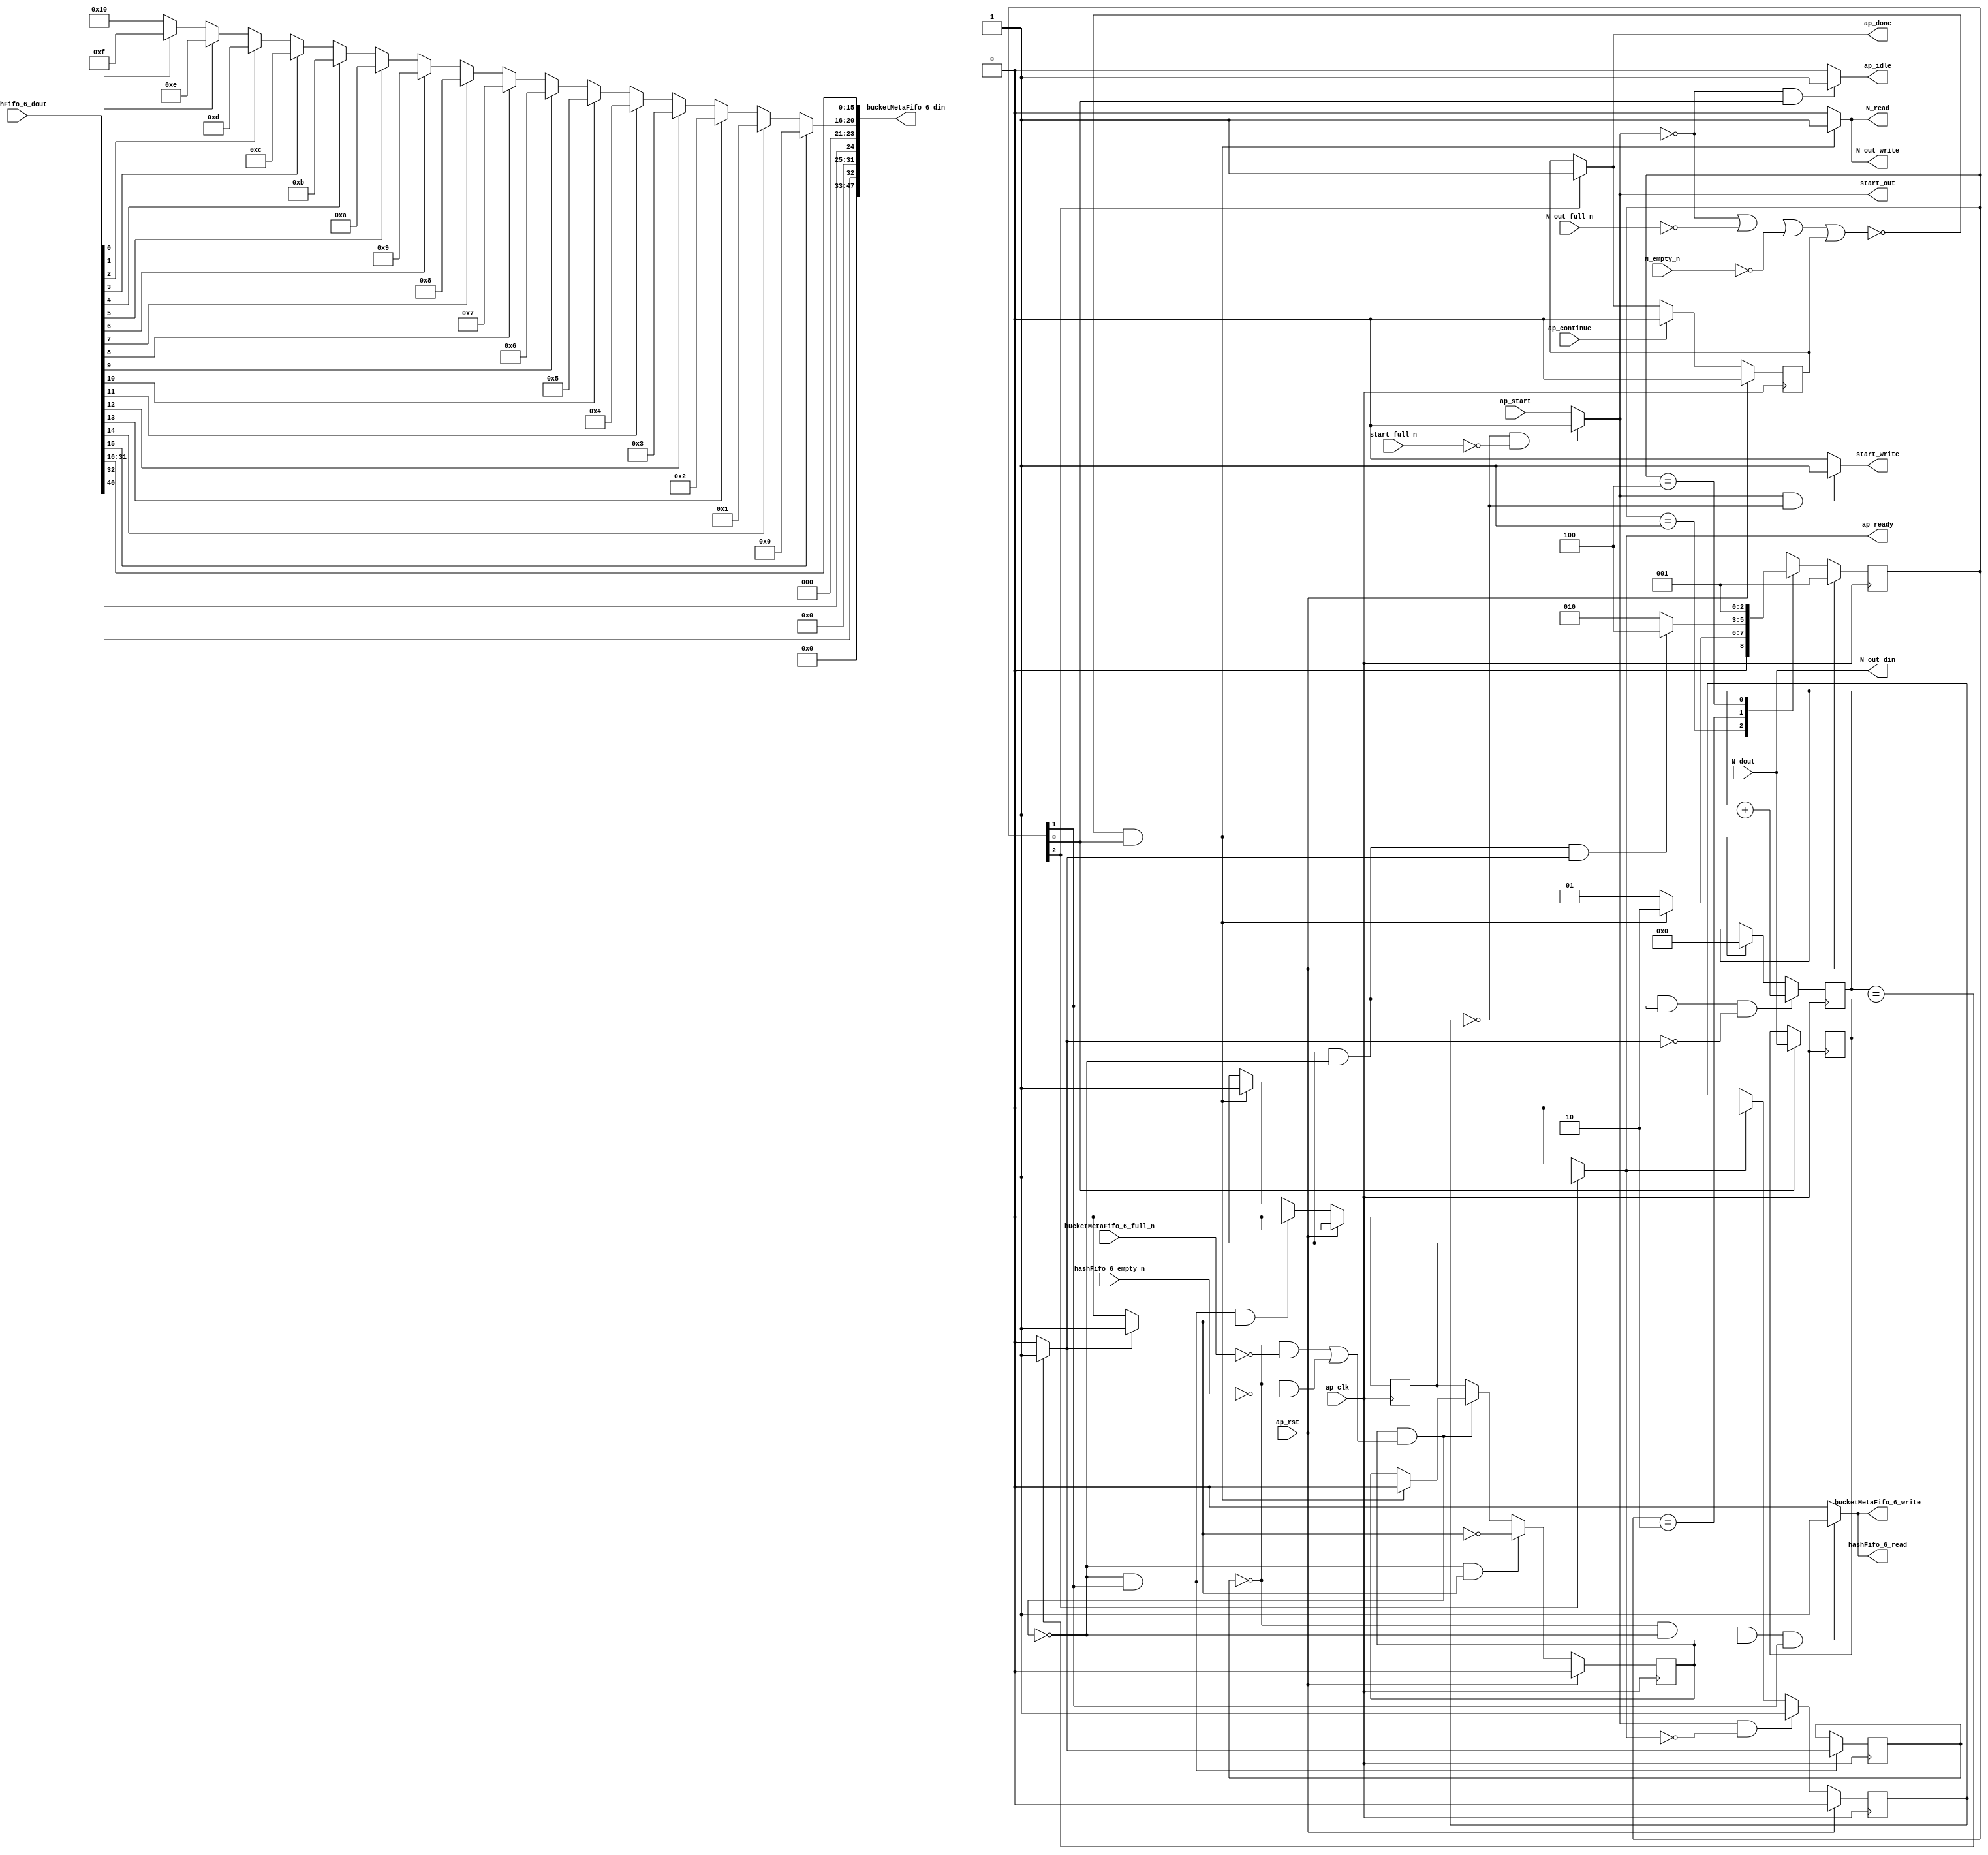
// ==============================================================
// RTL generated by Vitis HLS - High-Level Synthesis from C, C++ and OpenCL v2020.2 (64-bit)
// Version: 2020.2
// Copyright (C) Copyright 1986-2020 Xilinx, Inc. All Rights Reserved.
// 
// ===========================================================

`timescale 1 ns / 1 ps 

module hyperloglog_top_bz_detector_11_s (
        ap_clk,
        ap_rst,
        ap_start,
        start_full_n,
        ap_done,
        ap_continue,
        ap_idle,
        ap_ready,
        start_out,
        start_write,
        N_dout,
        N_empty_n,
        N_read,
        N_out_din,
        N_out_full_n,
        N_out_write,
        hashFifo_6_dout,
        hashFifo_6_empty_n,
        hashFifo_6_read,
        bucketMetaFifo_6_din,
        bucketMetaFifo_6_full_n,
        bucketMetaFifo_6_write
);

parameter    ap_ST_fsm_state1 = 3'd1;
parameter    ap_ST_fsm_pp0_stage0 = 3'd2;
parameter    ap_ST_fsm_state4 = 3'd4;

input   ap_clk;
input   ap_rst;
input   ap_start;
input   start_full_n;
output   ap_done;
input   ap_continue;
output   ap_idle;
output   ap_ready;
output   start_out;
output   start_write;
input  [63:0] N_dout;
input   N_empty_n;
output   N_read;
output  [63:0] N_out_din;
input   N_out_full_n;
output   N_out_write;
input  [63:0] hashFifo_6_dout;
input   hashFifo_6_empty_n;
output   hashFifo_6_read;
output  [47:0] bucketMetaFifo_6_din;
input   bucketMetaFifo_6_full_n;
output   bucketMetaFifo_6_write;

reg ap_done;
reg ap_idle;
reg start_write;
reg N_read;
reg N_out_write;
reg hashFifo_6_read;
reg bucketMetaFifo_6_write;

reg    real_start;
reg    start_once_reg;
reg    ap_done_reg;
(* fsm_encoding = "none" *) reg   [2:0] ap_CS_fsm;
wire    ap_CS_fsm_state1;
reg    internal_ap_ready;
reg    N_blk_n;
reg    N_out_blk_n;
reg    hashFifo_6_blk_n;
wire    ap_CS_fsm_pp0_stage0;
reg    ap_enable_reg_pp0_iter1;
wire    ap_block_pp0_stage0;
reg   [0:0] icmp_ln39_reg_208;
reg    bucketMetaFifo_6_blk_n;
reg   [63:0] i_reg_101;
reg   [63:0] N_read_reg_198;
wire   [63:0] i_47_fu_112_p2;
reg    ap_enable_reg_pp0_iter0;
wire    ap_block_state2_pp0_stage0_iter0;
reg    ap_block_state3_pp0_stage0_iter1;
reg    ap_block_pp0_stage0_11001;
wire   [0:0] icmp_ln39_fu_118_p2;
reg    ap_block_state1;
reg    ap_block_pp0_stage0_subdone;
reg    ap_condition_pp0_exit_iter0_state2;
reg    ap_block_pp0_stage0_01001;
reg   [15:0] p_Result_s_fu_141_p4;
wire   [31:0] p_Result_28_fu_151_p3;
reg   [31:0] op_assign_fu_159_p3;
wire   [0:0] tmp_fu_123_p3;
wire   [0:0] tmp_19_fu_171_p3;
wire   [4:0] trunc_ln174_fu_167_p1;
wire   [15:0] trunc_ln_fu_131_p4;
wire    ap_CS_fsm_state4;
reg   [2:0] ap_NS_fsm;
reg    ap_idle_pp0;
wire    ap_enable_pp0;
wire    ap_ce_reg;

// power-on initialization
initial begin
#0 start_once_reg = 1'b0;
#0 ap_done_reg = 1'b0;
#0 ap_CS_fsm = 3'd1;
#0 ap_enable_reg_pp0_iter1 = 1'b0;
#0 ap_enable_reg_pp0_iter0 = 1'b0;
end

always @ (posedge ap_clk) begin
    if (ap_rst == 1'b1) begin
        ap_CS_fsm <= ap_ST_fsm_state1;
    end else begin
        ap_CS_fsm <= ap_NS_fsm;
    end
end

always @ (posedge ap_clk) begin
    if (ap_rst == 1'b1) begin
        ap_done_reg <= 1'b0;
    end else begin
        if ((ap_continue == 1'b1)) begin
            ap_done_reg <= 1'b0;
        end else if ((1'b1 == ap_CS_fsm_state4)) begin
            ap_done_reg <= 1'b1;
        end
    end
end

always @ (posedge ap_clk) begin
    if (ap_rst == 1'b1) begin
        ap_enable_reg_pp0_iter0 <= 1'b0;
    end else begin
        if (((1'b0 == ap_block_pp0_stage0_subdone) & (1'b1 == ap_CS_fsm_pp0_stage0) & (1'b1 == ap_condition_pp0_exit_iter0_state2))) begin
            ap_enable_reg_pp0_iter0 <= 1'b0;
        end else if ((~((real_start == 1'b0) | (1'b0 == N_out_full_n) | (1'b0 == N_empty_n) | (ap_done_reg == 1'b1)) & (1'b1 == ap_CS_fsm_state1))) begin
            ap_enable_reg_pp0_iter0 <= 1'b1;
        end
    end
end

always @ (posedge ap_clk) begin
    if (ap_rst == 1'b1) begin
        ap_enable_reg_pp0_iter1 <= 1'b0;
    end else begin
        if (((1'b0 == ap_block_pp0_stage0_subdone) & (1'b1 == ap_condition_pp0_exit_iter0_state2))) begin
            ap_enable_reg_pp0_iter1 <= (1'b1 ^ ap_condition_pp0_exit_iter0_state2);
        end else if ((1'b0 == ap_block_pp0_stage0_subdone)) begin
            ap_enable_reg_pp0_iter1 <= ap_enable_reg_pp0_iter0;
        end else if ((~((real_start == 1'b0) | (1'b0 == N_out_full_n) | (1'b0 == N_empty_n) | (ap_done_reg == 1'b1)) & (1'b1 == ap_CS_fsm_state1))) begin
            ap_enable_reg_pp0_iter1 <= 1'b0;
        end
    end
end

always @ (posedge ap_clk) begin
    if (ap_rst == 1'b1) begin
        start_once_reg <= 1'b0;
    end else begin
        if (((real_start == 1'b1) & (internal_ap_ready == 1'b0))) begin
            start_once_reg <= 1'b1;
        end else if ((internal_ap_ready == 1'b1)) begin
            start_once_reg <= 1'b0;
        end
    end
end

always @ (posedge ap_clk) begin
    if (((ap_enable_reg_pp0_iter0 == 1'b1) & (1'b0 == ap_block_pp0_stage0_11001) & (1'b1 == ap_CS_fsm_pp0_stage0) & (icmp_ln39_fu_118_p2 == 1'd0))) begin
        i_reg_101 <= i_47_fu_112_p2;
    end else if ((~((real_start == 1'b0) | (1'b0 == N_out_full_n) | (1'b0 == N_empty_n) | (ap_done_reg == 1'b1)) & (1'b1 == ap_CS_fsm_state1))) begin
        i_reg_101 <= 64'd0;
    end
end

always @ (posedge ap_clk) begin
    if ((1'b1 == ap_CS_fsm_state1)) begin
        N_read_reg_198 <= N_dout;
    end
end

always @ (posedge ap_clk) begin
    if (((1'b0 == ap_block_pp0_stage0_11001) & (1'b1 == ap_CS_fsm_pp0_stage0))) begin
        icmp_ln39_reg_208 <= icmp_ln39_fu_118_p2;
    end
end

always @ (*) begin
    if ((~((real_start == 1'b0) | (ap_done_reg == 1'b1)) & (1'b1 == ap_CS_fsm_state1))) begin
        N_blk_n = N_empty_n;
    end else begin
        N_blk_n = 1'b1;
    end
end

always @ (*) begin
    if ((~((real_start == 1'b0) | (ap_done_reg == 1'b1)) & (1'b1 == ap_CS_fsm_state1))) begin
        N_out_blk_n = N_out_full_n;
    end else begin
        N_out_blk_n = 1'b1;
    end
end

always @ (*) begin
    if ((~((real_start == 1'b0) | (1'b0 == N_out_full_n) | (1'b0 == N_empty_n) | (ap_done_reg == 1'b1)) & (1'b1 == ap_CS_fsm_state1))) begin
        N_out_write = 1'b1;
    end else begin
        N_out_write = 1'b0;
    end
end

always @ (*) begin
    if ((~((real_start == 1'b0) | (1'b0 == N_out_full_n) | (1'b0 == N_empty_n) | (ap_done_reg == 1'b1)) & (1'b1 == ap_CS_fsm_state1))) begin
        N_read = 1'b1;
    end else begin
        N_read = 1'b0;
    end
end

always @ (*) begin
    if ((icmp_ln39_fu_118_p2 == 1'd1)) begin
        ap_condition_pp0_exit_iter0_state2 = 1'b1;
    end else begin
        ap_condition_pp0_exit_iter0_state2 = 1'b0;
    end
end

always @ (*) begin
    if ((1'b1 == ap_CS_fsm_state4)) begin
        ap_done = 1'b1;
    end else begin
        ap_done = ap_done_reg;
    end
end

always @ (*) begin
    if (((real_start == 1'b0) & (1'b1 == ap_CS_fsm_state1))) begin
        ap_idle = 1'b1;
    end else begin
        ap_idle = 1'b0;
    end
end

always @ (*) begin
    if (((ap_enable_reg_pp0_iter0 == 1'b0) & (ap_enable_reg_pp0_iter1 == 1'b0))) begin
        ap_idle_pp0 = 1'b1;
    end else begin
        ap_idle_pp0 = 1'b0;
    end
end

always @ (*) begin
    if (((icmp_ln39_reg_208 == 1'd0) & (1'b0 == ap_block_pp0_stage0) & (ap_enable_reg_pp0_iter1 == 1'b1) & (1'b1 == ap_CS_fsm_pp0_stage0))) begin
        bucketMetaFifo_6_blk_n = bucketMetaFifo_6_full_n;
    end else begin
        bucketMetaFifo_6_blk_n = 1'b1;
    end
end

always @ (*) begin
    if (((icmp_ln39_reg_208 == 1'd0) & (1'b0 == ap_block_pp0_stage0_11001) & (ap_enable_reg_pp0_iter1 == 1'b1) & (1'b1 == ap_CS_fsm_pp0_stage0))) begin
        bucketMetaFifo_6_write = 1'b1;
    end else begin
        bucketMetaFifo_6_write = 1'b0;
    end
end

always @ (*) begin
    if (((icmp_ln39_reg_208 == 1'd0) & (1'b0 == ap_block_pp0_stage0) & (ap_enable_reg_pp0_iter1 == 1'b1) & (1'b1 == ap_CS_fsm_pp0_stage0))) begin
        hashFifo_6_blk_n = hashFifo_6_empty_n;
    end else begin
        hashFifo_6_blk_n = 1'b1;
    end
end

always @ (*) begin
    if (((icmp_ln39_reg_208 == 1'd0) & (1'b0 == ap_block_pp0_stage0_11001) & (ap_enable_reg_pp0_iter1 == 1'b1) & (1'b1 == ap_CS_fsm_pp0_stage0))) begin
        hashFifo_6_read = 1'b1;
    end else begin
        hashFifo_6_read = 1'b0;
    end
end

always @ (*) begin
    if ((1'b1 == ap_CS_fsm_state4)) begin
        internal_ap_ready = 1'b1;
    end else begin
        internal_ap_ready = 1'b0;
    end
end

always @ (*) begin
    if (((start_once_reg == 1'b0) & (start_full_n == 1'b0))) begin
        real_start = 1'b0;
    end else begin
        real_start = ap_start;
    end
end

always @ (*) begin
    if (((real_start == 1'b1) & (start_once_reg == 1'b0))) begin
        start_write = 1'b1;
    end else begin
        start_write = 1'b0;
    end
end

always @ (*) begin
    case (ap_CS_fsm)
        ap_ST_fsm_state1 : begin
            if ((~((real_start == 1'b0) | (1'b0 == N_out_full_n) | (1'b0 == N_empty_n) | (ap_done_reg == 1'b1)) & (1'b1 == ap_CS_fsm_state1))) begin
                ap_NS_fsm = ap_ST_fsm_pp0_stage0;
            end else begin
                ap_NS_fsm = ap_ST_fsm_state1;
            end
        end
        ap_ST_fsm_pp0_stage0 : begin
            if (~((ap_enable_reg_pp0_iter0 == 1'b1) & (1'b0 == ap_block_pp0_stage0_subdone) & (icmp_ln39_fu_118_p2 == 1'd1))) begin
                ap_NS_fsm = ap_ST_fsm_pp0_stage0;
            end else if (((ap_enable_reg_pp0_iter0 == 1'b1) & (1'b0 == ap_block_pp0_stage0_subdone) & (icmp_ln39_fu_118_p2 == 1'd1))) begin
                ap_NS_fsm = ap_ST_fsm_state4;
            end else begin
                ap_NS_fsm = ap_ST_fsm_pp0_stage0;
            end
        end
        ap_ST_fsm_state4 : begin
            ap_NS_fsm = ap_ST_fsm_state1;
        end
        default : begin
            ap_NS_fsm = 'bx;
        end
    endcase
end

assign N_out_din = N_dout;

assign ap_CS_fsm_pp0_stage0 = ap_CS_fsm[32'd1];

assign ap_CS_fsm_state1 = ap_CS_fsm[32'd0];

assign ap_CS_fsm_state4 = ap_CS_fsm[32'd2];

assign ap_block_pp0_stage0 = ~(1'b1 == 1'b1);

always @ (*) begin
    ap_block_pp0_stage0_01001 = ((ap_enable_reg_pp0_iter1 == 1'b1) & (((icmp_ln39_reg_208 == 1'd0) & (bucketMetaFifo_6_full_n == 1'b0)) | ((icmp_ln39_reg_208 == 1'd0) & (hashFifo_6_empty_n == 1'b0))));
end

always @ (*) begin
    ap_block_pp0_stage0_11001 = ((ap_enable_reg_pp0_iter1 == 1'b1) & (((icmp_ln39_reg_208 == 1'd0) & (bucketMetaFifo_6_full_n == 1'b0)) | ((icmp_ln39_reg_208 == 1'd0) & (hashFifo_6_empty_n == 1'b0))));
end

always @ (*) begin
    ap_block_pp0_stage0_subdone = ((ap_enable_reg_pp0_iter1 == 1'b1) & (((icmp_ln39_reg_208 == 1'd0) & (bucketMetaFifo_6_full_n == 1'b0)) | ((icmp_ln39_reg_208 == 1'd0) & (hashFifo_6_empty_n == 1'b0))));
end

always @ (*) begin
    ap_block_state1 = ((real_start == 1'b0) | (1'b0 == N_out_full_n) | (1'b0 == N_empty_n) | (ap_done_reg == 1'b1));
end

assign ap_block_state2_pp0_stage0_iter0 = ~(1'b1 == 1'b1);

always @ (*) begin
    ap_block_state3_pp0_stage0_iter1 = (((icmp_ln39_reg_208 == 1'd0) & (bucketMetaFifo_6_full_n == 1'b0)) | ((icmp_ln39_reg_208 == 1'd0) & (hashFifo_6_empty_n == 1'b0)));
end

assign ap_enable_pp0 = (ap_idle_pp0 ^ 1'b1);

assign ap_ready = internal_ap_ready;

assign bucketMetaFifo_6_din = {{{{{{{{{{{{15'd0}, {tmp_fu_123_p3}}}, {7'd0}}}, {tmp_19_fu_171_p3}}}, {3'd0}}}, {trunc_ln174_fu_167_p1}}}, {trunc_ln_fu_131_p4}};

assign i_47_fu_112_p2 = (i_reg_101 + 64'd1);

assign icmp_ln39_fu_118_p2 = ((i_reg_101 == N_read_reg_198) ? 1'b1 : 1'b0);


always @ (p_Result_28_fu_151_p3) begin
    if (p_Result_28_fu_151_p3[0] == 1'b1) begin
        op_assign_fu_159_p3 = 32'd0;
    end else if (p_Result_28_fu_151_p3[1] == 1'b1) begin
        op_assign_fu_159_p3 = 32'd1;
    end else if (p_Result_28_fu_151_p3[2] == 1'b1) begin
        op_assign_fu_159_p3 = 32'd2;
    end else if (p_Result_28_fu_151_p3[3] == 1'b1) begin
        op_assign_fu_159_p3 = 32'd3;
    end else if (p_Result_28_fu_151_p3[4] == 1'b1) begin
        op_assign_fu_159_p3 = 32'd4;
    end else if (p_Result_28_fu_151_p3[5] == 1'b1) begin
        op_assign_fu_159_p3 = 32'd5;
    end else if (p_Result_28_fu_151_p3[6] == 1'b1) begin
        op_assign_fu_159_p3 = 32'd6;
    end else if (p_Result_28_fu_151_p3[7] == 1'b1) begin
        op_assign_fu_159_p3 = 32'd7;
    end else if (p_Result_28_fu_151_p3[8] == 1'b1) begin
        op_assign_fu_159_p3 = 32'd8;
    end else if (p_Result_28_fu_151_p3[9] == 1'b1) begin
        op_assign_fu_159_p3 = 32'd9;
    end else if (p_Result_28_fu_151_p3[10] == 1'b1) begin
        op_assign_fu_159_p3 = 32'd10;
    end else if (p_Result_28_fu_151_p3[11] == 1'b1) begin
        op_assign_fu_159_p3 = 32'd11;
    end else if (p_Result_28_fu_151_p3[12] == 1'b1) begin
        op_assign_fu_159_p3 = 32'd12;
    end else if (p_Result_28_fu_151_p3[13] == 1'b1) begin
        op_assign_fu_159_p3 = 32'd13;
    end else if (p_Result_28_fu_151_p3[14] == 1'b1) begin
        op_assign_fu_159_p3 = 32'd14;
    end else if (p_Result_28_fu_151_p3[15] == 1'b1) begin
        op_assign_fu_159_p3 = 32'd15;
    end else if (p_Result_28_fu_151_p3[16] == 1'b1) begin
        op_assign_fu_159_p3 = 32'd16;
    end else if (p_Result_28_fu_151_p3[17] == 1'b1) begin
        op_assign_fu_159_p3 = 32'd17;
    end else if (p_Result_28_fu_151_p3[18] == 1'b1) begin
        op_assign_fu_159_p3 = 32'd18;
    end else if (p_Result_28_fu_151_p3[19] == 1'b1) begin
        op_assign_fu_159_p3 = 32'd19;
    end else if (p_Result_28_fu_151_p3[20] == 1'b1) begin
        op_assign_fu_159_p3 = 32'd20;
    end else if (p_Result_28_fu_151_p3[21] == 1'b1) begin
        op_assign_fu_159_p3 = 32'd21;
    end else if (p_Result_28_fu_151_p3[22] == 1'b1) begin
        op_assign_fu_159_p3 = 32'd22;
    end else if (p_Result_28_fu_151_p3[23] == 1'b1) begin
        op_assign_fu_159_p3 = 32'd23;
    end else if (p_Result_28_fu_151_p3[24] == 1'b1) begin
        op_assign_fu_159_p3 = 32'd24;
    end else if (p_Result_28_fu_151_p3[25] == 1'b1) begin
        op_assign_fu_159_p3 = 32'd25;
    end else if (p_Result_28_fu_151_p3[26] == 1'b1) begin
        op_assign_fu_159_p3 = 32'd26;
    end else if (p_Result_28_fu_151_p3[27] == 1'b1) begin
        op_assign_fu_159_p3 = 32'd27;
    end else if (p_Result_28_fu_151_p3[28] == 1'b1) begin
        op_assign_fu_159_p3 = 32'd28;
    end else if (p_Result_28_fu_151_p3[29] == 1'b1) begin
        op_assign_fu_159_p3 = 32'd29;
    end else if (p_Result_28_fu_151_p3[30] == 1'b1) begin
        op_assign_fu_159_p3 = 32'd30;
    end else if (p_Result_28_fu_151_p3[31] == 1'b1) begin
        op_assign_fu_159_p3 = 32'd31;
    end else begin
        op_assign_fu_159_p3 = 32'd32;
    end
end

assign p_Result_28_fu_151_p3 = {{16'd65535}, {p_Result_s_fu_141_p4}};

integer ap_tvar_int_0;

always @ (hashFifo_6_dout) begin
    for (ap_tvar_int_0 = 16 - 1; ap_tvar_int_0 >= 0; ap_tvar_int_0 = ap_tvar_int_0 - 1) begin
        if (ap_tvar_int_0 > 15 - 0) begin
            p_Result_s_fu_141_p4[ap_tvar_int_0] = 1'b0;
        end else begin
            p_Result_s_fu_141_p4[ap_tvar_int_0] = hashFifo_6_dout[15 - ap_tvar_int_0];
        end
    end
end

assign start_out = real_start;

assign tmp_19_fu_171_p3 = hashFifo_6_dout[32'd32];

assign tmp_fu_123_p3 = hashFifo_6_dout[32'd40];

assign trunc_ln174_fu_167_p1 = op_assign_fu_159_p3[4:0];

assign trunc_ln_fu_131_p4 = {{hashFifo_6_dout[31:16]}};

endmodule //hyperloglog_top_bz_detector_11_s